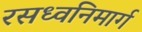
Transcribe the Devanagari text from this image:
रसध्वनिमार्ग